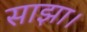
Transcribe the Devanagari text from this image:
साझा।